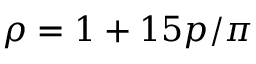
\rho = 1 + 1 5 p / \pi